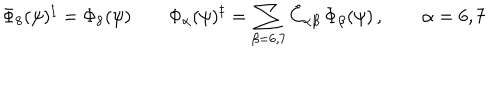
LaTeX: \Phi _ { 8 } ( \psi ) ^ { \ddagger } = \Phi _ { 8 } ( \psi ) \quad \quad \Phi _ { \alpha } ( \psi ) ^ { \ddagger } = \sum _ { \beta = 6 , 7 } \tilde { C } _ { \alpha \beta } \, \Phi _ { \beta } ( \psi ) \, , \quad \quad \alpha = 6 , 7